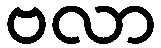
ဗလာ